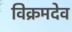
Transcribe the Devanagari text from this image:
विक्रमदेव